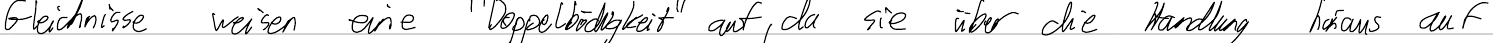
Gleichnisse weisen eine "Doppelbödigkeit" auf, da sie über die Handlung hinaus auf